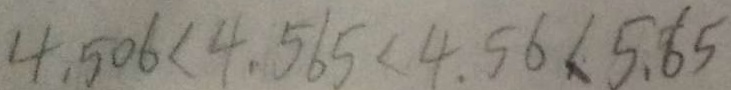
4 . 5 0 6 < 4 . 5 6 5 < 4 . 5 6 < 5 . 6 5